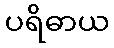
ပရိဓာယ